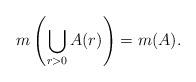
LaTeX: \begin{align*}{ m\left(\bigcup_{r>0}A(r)\right)=m(A).} \end{align*}